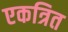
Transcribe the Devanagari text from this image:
एकत्रित